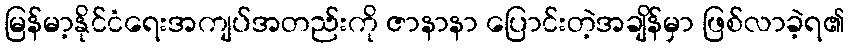
မြန်မာ့နိုင်ငံရေးအကျပ်အတည်းကို ဇာနာနာ ပြောင်းတဲ့အချိန်မှာ ဖြစ်လာခဲ့ရ၏